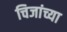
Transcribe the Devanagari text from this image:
चिजांच्या